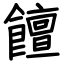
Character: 饘